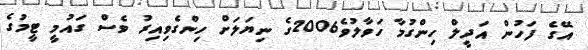
އޭގެ ފަހުން އަދީލް ހިންގުމާ ހަވާލުވެ2006ގެ ނިޔަލަށް ހިންގެވިއިރު ވެސް ގައުމީ ޓީމުގެ